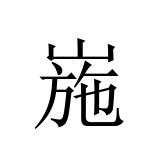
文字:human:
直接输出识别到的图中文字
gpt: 崺